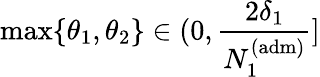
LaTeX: \operatorname*{max}\{ \theta_{1},\theta_{2}\} \in(0,\frac{2\delta_{1}}{N_{1}^{\mathrm{(adm)}}}]